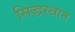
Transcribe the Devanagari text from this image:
सिद्धस्थान